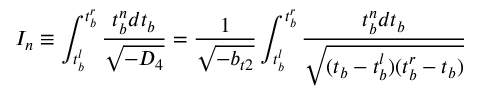
I _ { n } \equiv \int _ { t _ { b } ^ { l } } ^ { t _ { b } ^ { r } } \frac { t _ { b } ^ { n } d t _ { b } } { \sqrt { - D _ { 4 } } } = \frac { 1 } { \sqrt { - b _ { t 2 } } } \int _ { t _ { b } ^ { l } } ^ { t _ { b } ^ { r } } \frac { t _ { b } ^ { n } d t _ { b } } { \sqrt { ( t _ { b } - t _ { b } ^ { l } ) ( t _ { b } ^ { r } - t _ { b } ) } }